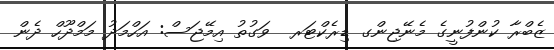
ޒެބްރާ ކުންފުނީގެ މެނޭޖިންގ ޑިރެކްޓަރ  ވަގުތު އިމޭޖަސް: އަހްމަދު މަމްދޫހް ދެން